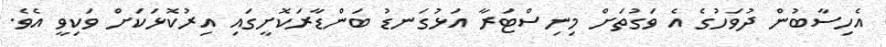
އެހިސާބުން ދުވަހުގެ އެ ވަގުތަށް މިނިސްޓަރާ އަޅުގަނޑު ބަންޑާރަކޮށީގައި އިރުކޮޅަކަށް ވަކިވީ އެވެ.